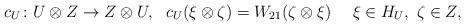
LaTeX: \begin{align*}c_U\colon U\otimes Z\to Z\otimes U,\ \ c_U(\xi\otimes\zeta)=W_{21}(\zeta\otimes\xi)\ \ \ \ \xi\in H_U,\ \zeta\in Z,\end{align*}